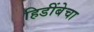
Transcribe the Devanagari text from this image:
हिडींबेचा